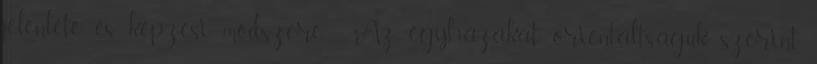
jelenléte és képzési módszere. - Az egyházakat orientáltságuk szerint